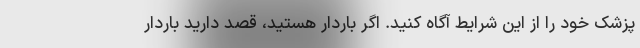
پزشک خود را از این شرایط آگاه کنید. اگر باردار هستید، قصد دارید باردار